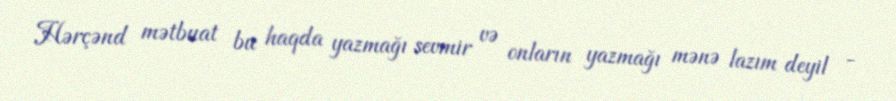
Hərçənd mətbuat bu haqda yazmağı sevmir və onların yazmağı mənə lazım deyil -